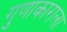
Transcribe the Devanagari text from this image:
गुणाकाराला